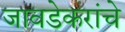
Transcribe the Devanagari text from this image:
जावडेकरांचे